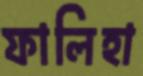
ফালিহা